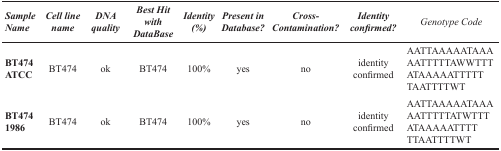
<table><thead><tr><td><b><i>Sample Name</i></b></td><td><b><i>Cell line name</i></b></td><td><b><i>DNA quality</i></b></td><td><b><i>Best Hit with DataBase</i></b></td><td><b><i>Identity (%)</i></b></td><td><b><i>Present in Database?</i></b></td><td><b><i>Cross-Contamination?</i></b></td><td><b><i>Identity confirmed?</i></b></td><td><b><i>Genotype Code</i></b></td></tr></thead><tbody><tr><td><b>BT474 ATCC</b></td><td>BT474</td><td>ok</td><td>BT474</td><td>100%</td><td>yes</td><td>no</td><td>identity confirmed</td><td>AATTAAAAATAAA AATTTTTAWWTTTATAAAAATTTTT TAATTTTWT</td></tr><tr><td><b>BT474 1986</b></td><td>BT474</td><td>ok</td><td>BT474</td><td>100%</td><td>yes</td><td>no</td><td>identity confirmed</td><td>AATTAAAAATAAA AATTTTTATWTTTATAAAAATTTT TTAATTTTWT</td></tr></tbody></table>